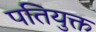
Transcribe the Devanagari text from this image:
पतियुक्त